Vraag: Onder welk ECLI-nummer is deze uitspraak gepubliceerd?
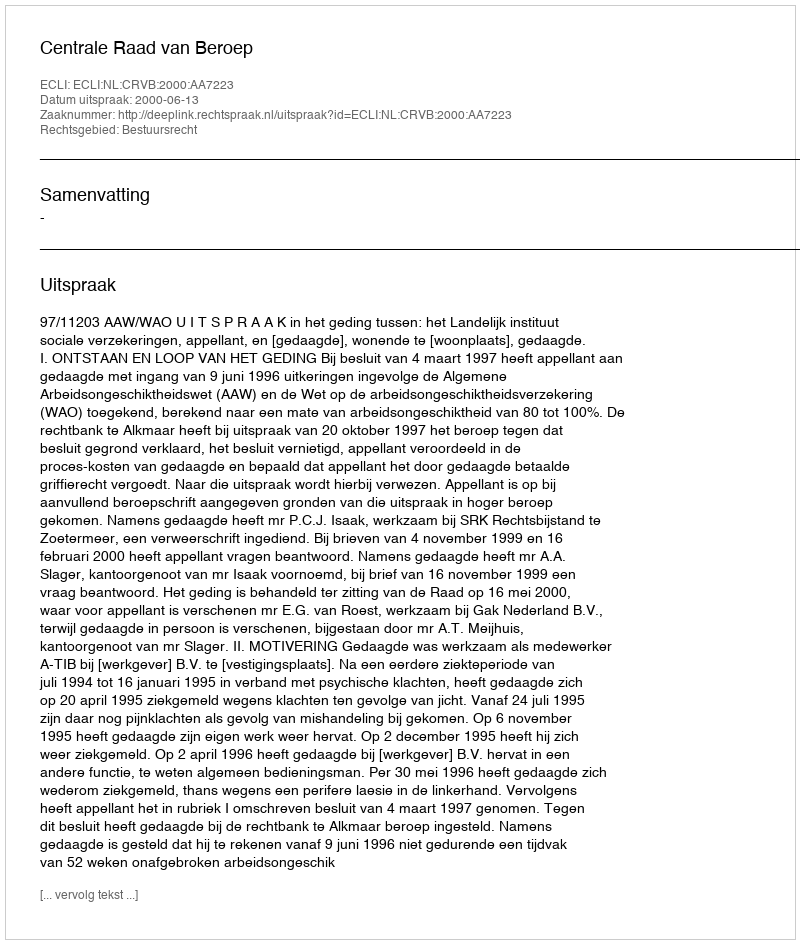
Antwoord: ECLI:NL:CRVB:2000:AA7223